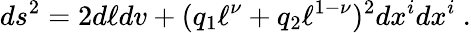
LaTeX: ds^{2}=2d\ell dv+(q_{1}\ell^{\nu}+q_{2}\ell^{1-\nu})^{2}dx^{i}dx^{i}\ .